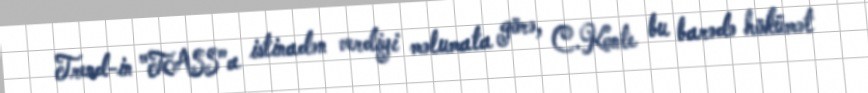
Trend-in "TASS"a istinadən verdiyi məlumata görə, C.Konte bu barədə hökümət